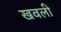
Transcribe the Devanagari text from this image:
खवली